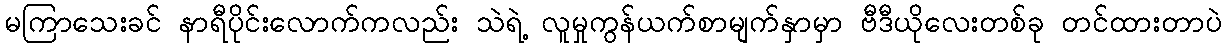
မကြာသေးခင် နာရီပိုင်းလောက်ကလည်း သဲရဲ့ လူမှုကွန်ယက်စာမျက်နှာမှာ ဗီဒီယိုလေးတစ်ခု တင်ထားတာပဲ